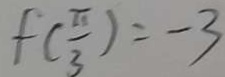
f ( \frac { \pi } { 3 } ) = - 3